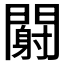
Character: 𬮏